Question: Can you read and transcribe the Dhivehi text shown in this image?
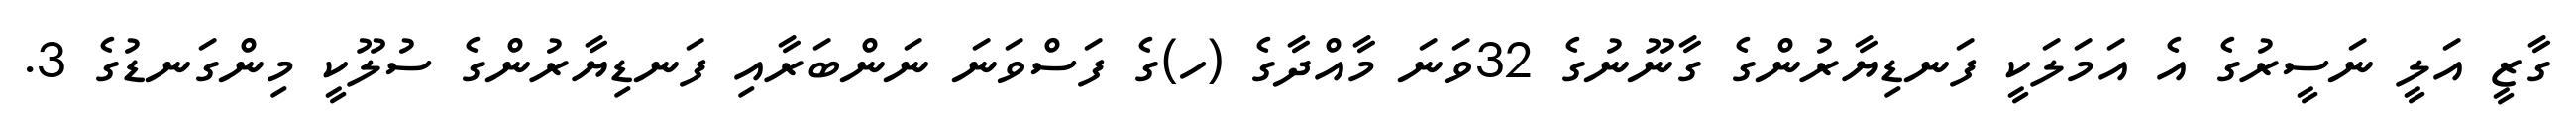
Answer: ގާޒީ އަލީ ނަސީރުގެ އެ އަމަލަކީ ފަނޑިޔާރުންގެ ގާނޫނުގެ 32ވަނަ މާއްދާގެ (ހ)ގެ ފަސްވަނަ ނަންބަރާއި ފަނޑިޔާރުންގެ ސުލޫކީ މިންގަނޑުގެ 3.